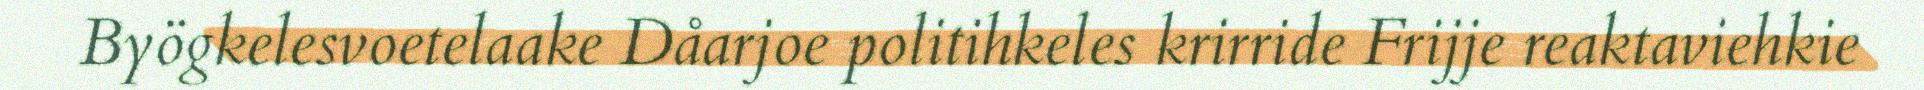
Byögkelesvoetelaake Dåarjoe politihkeles krirride Frijje reaktaviehkie